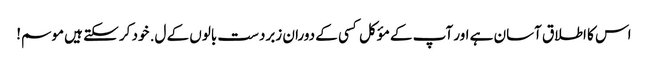
اس کا اطلاق آسان ہے اور آپ کے مؤکل کسی کے دوران زبردست بالوں کے ل. خود کر سکتے ہیں موسم!